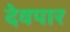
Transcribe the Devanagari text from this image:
देवपार